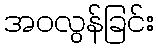
အဝလွန်ခြင်း